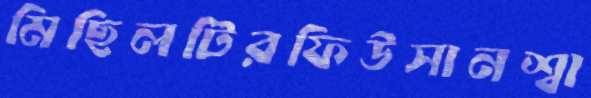
মিছিলটিরফিউসানশ্বা